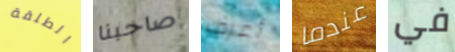
الطلقة صاحبنا أعرف عندما في